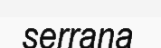
serrana